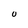
Character: u